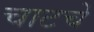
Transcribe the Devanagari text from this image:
चाटचे